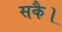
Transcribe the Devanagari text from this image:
सकै।